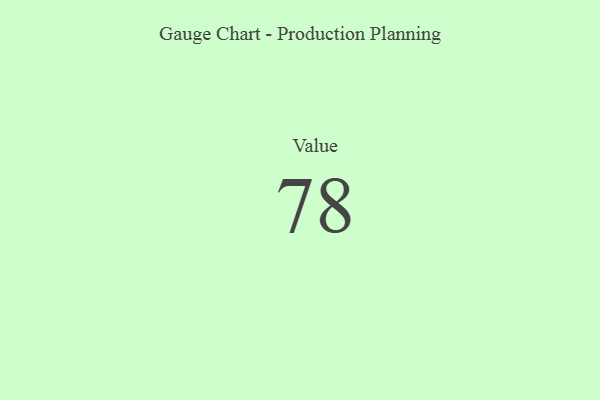
{"axis": {"x": "Metric", "y": "Value"}, "legend": [""], "data": [{"x": "Value", "y": 78, "type": ""}]}